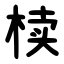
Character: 椟